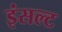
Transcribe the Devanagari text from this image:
इंसल्ट